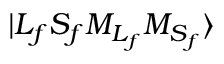
\ensuremath { \vert { L } _ { f } { S } _ { f } { M } _ { { L } _ { f } } { M } _ { { S } _ { f } } \rangle }